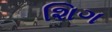
શિગ